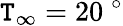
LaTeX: \mathtt{T}_{\infty}=20~^{\circ}